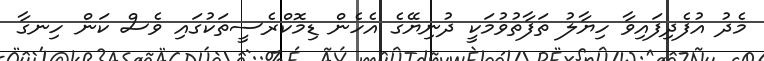
މެދު އުފެދިފައިވާ ހިޔާލު ތަފާތުވުމަކީ ދުނިޔޭގެ އެހެން ޑިމޮކްރެސީތަކުގައި ވެސް ކަން ހިނގާ